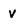
Character: V